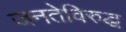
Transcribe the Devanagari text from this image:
जनतेविरुद्ध